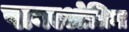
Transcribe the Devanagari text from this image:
पानएओलिना